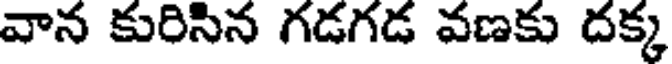
వాన కురిసిన గడగడ వణకు దక్క